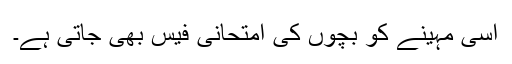
اسی مہینے کو بچوں کی امتحانی فیس بھی جاتی ہے۔